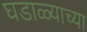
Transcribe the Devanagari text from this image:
घडाळ्याच्या